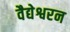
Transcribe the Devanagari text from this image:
वैद्येश्वरन